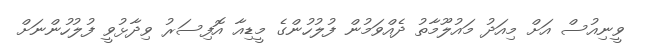
ވީނިއުސް އަށް މިއަދު މައުލޫމާތު ދެއްވަމުން ފުލުހުންގެ މީޑިއާ އޮފިސަރު ވިދާޅުވީ ފުލުހުންނަށް